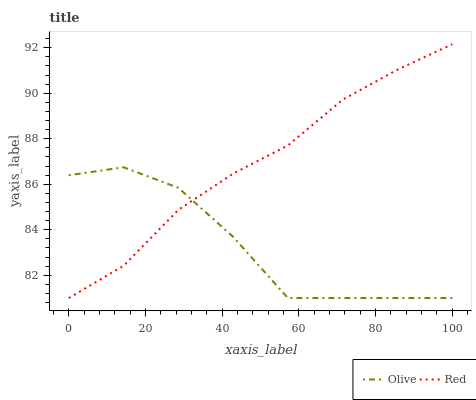
| xaxis_label | Olive | Red |
 | --- | --- | --- |
 | 0 | 86.4 | 81 |
 | 14.3 | 86.7 | 82.4 |
 | 28.6 | 85.8 | 84.9 |
 | 42.9 | 83.7 | 86.5 |
 | 57.1 | 81 | 87.7 |
 | 71.4 | 81 | 89.7 |
 | 85.7 | 81 | 91 |
 | 100 | 81 | 92.2 |